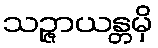
သဉ္ဇာယန္တမှိ